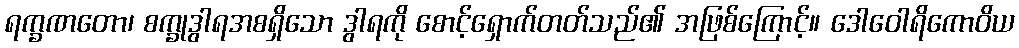
ရက္ခဏတော၊ စက္ခုဒွါရအစရှိသော ဒွါရကို စောင့်ရှောက်တတ်သည်၏ အဖြစ်ကြောင့်။ ဒေါဝေါရိကောဝိယ